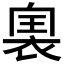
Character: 𧚡